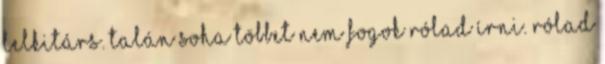
lelkitárs. talán soha többet nem fogok rólad írni. rólad